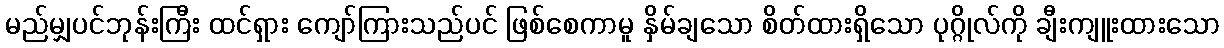
မည်မျှပင်ဘုန်းကြီး ထင်ရှား ကျော်ကြားသည်ပင် ဖြစ်စေကာမူ နှိမ်ချသော စိတ်ထားရှိသော ပုဂ္ဂိုလ်ကို ချီးကျူးထားသော